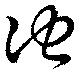
他